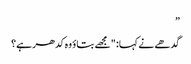
”
گدھے نے کہا: "مجھے بتاؤ وہ کدھر ہے؟